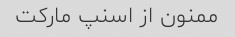
ممنون از اسنپ مارکت